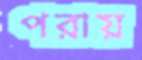
পরায়